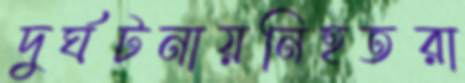
দুর্ঘটনায়নিহতরা